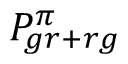
P _ { g r + r g } ^ { \pi }